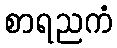
စာရညကံ